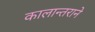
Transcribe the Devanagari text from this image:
कालान्तराने